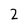
Character: 2